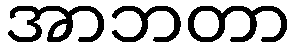
အာဘတာ